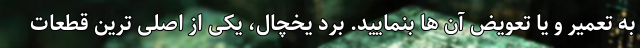
به تعمیر و یا تعویض آن ها بنمایید. برد یخچال، یکی از اصلی ترین قطعات